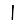
Digit: 1